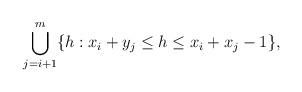
LaTeX: \begin{align*} \bigcup_{j=i+1}^{m}\{h:x_i+y_j\leq h\leq x_{i}+x_j-1\},\end{align*}